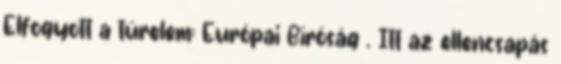
Elfogyott a türelem: Európai Bíróság . Itt az ellencsapás